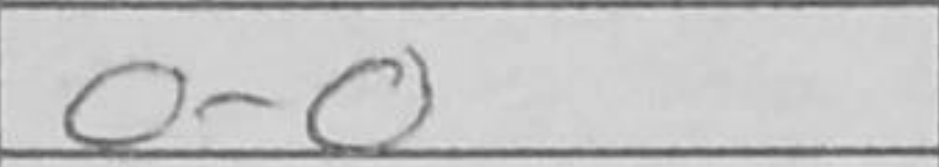
Transcription: O-O